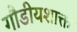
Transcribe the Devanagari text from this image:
गौडीयशाक्त